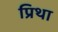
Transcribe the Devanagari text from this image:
प्रिथा